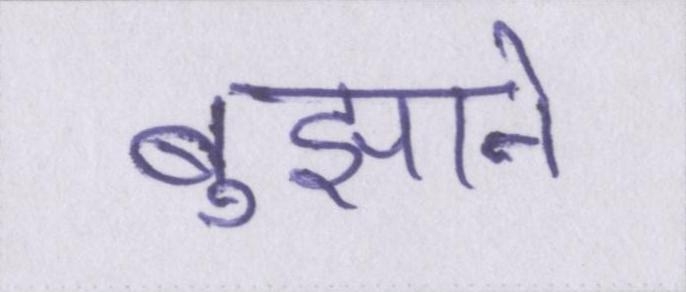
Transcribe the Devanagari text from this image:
बुझाने